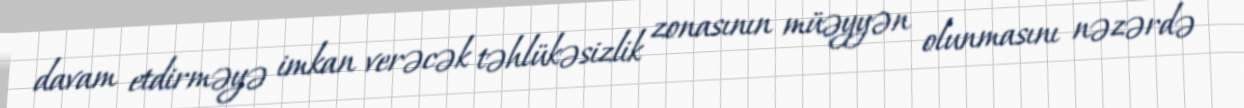
davam etdirməyə imkan verəcək təhlükəsizlik zonasının müəyyən olunmasını nəzərdə